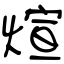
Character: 煊